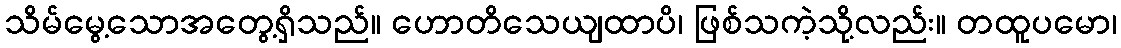
သိမ်မွေ့သောအတွေ့ရှိသည်။ ဟောတိသေယျထာပိ၊ ဖြစ်သကဲ့သို့လည်း။ တထူပမော၊